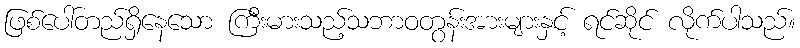
ဖြစ်ပေါ်တည်ရှိနေသော ကြီးမားသည့်သဘာဝတွန်းအားများနှင့် ရင်ဆိုင် လိုက်ပါသည်။